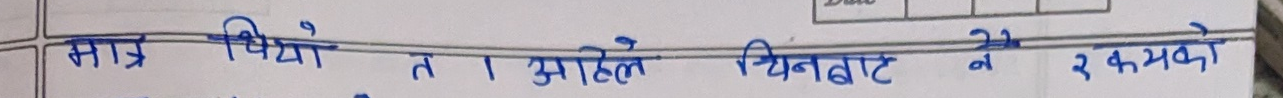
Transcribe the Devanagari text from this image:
मात्र थियो त । अहिले यिनबाट नै २ कमको